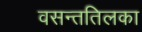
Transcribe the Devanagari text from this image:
वसन्ततिलका